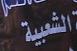
الشعبية